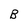
Character: B